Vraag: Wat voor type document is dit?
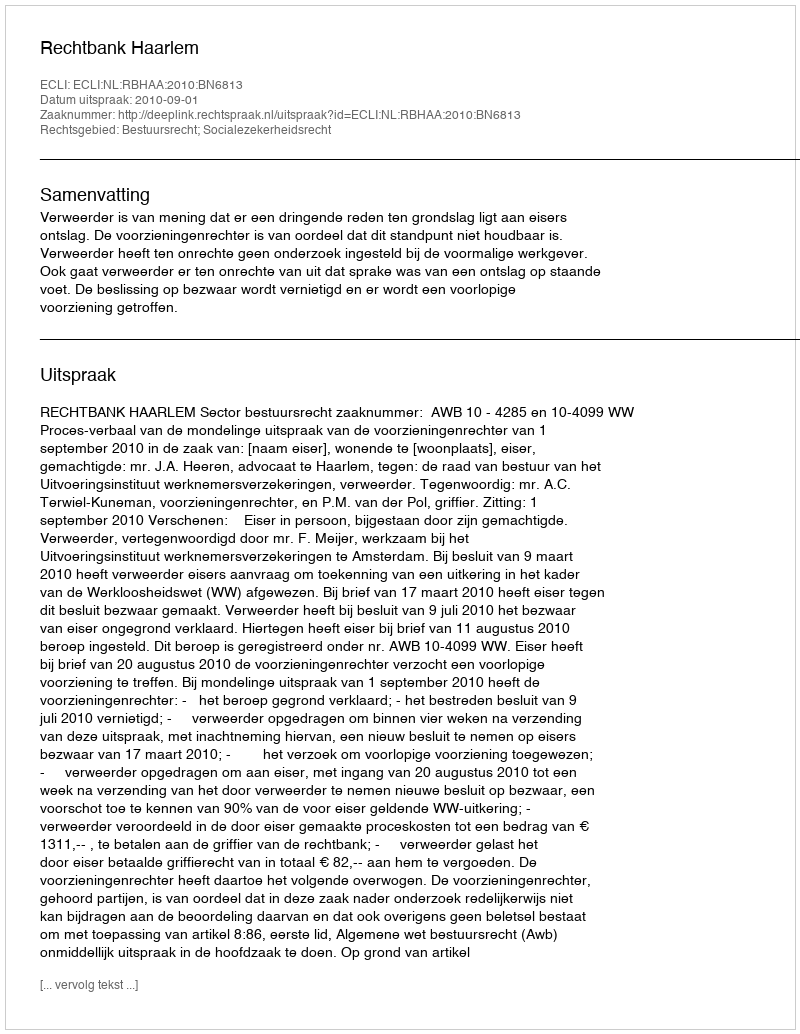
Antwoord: Uitspraak